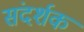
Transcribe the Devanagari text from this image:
संदर्शक